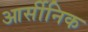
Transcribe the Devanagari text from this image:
आर्सीनिक